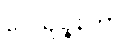
ဝေယျဉ္ဇနိကာ